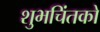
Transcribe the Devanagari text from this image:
शुभचिंतको